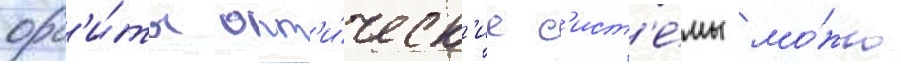
орб'и́ты опт'и́ческ'ие с'ист'е́мы мо́жно